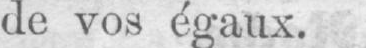
de vos égaux.